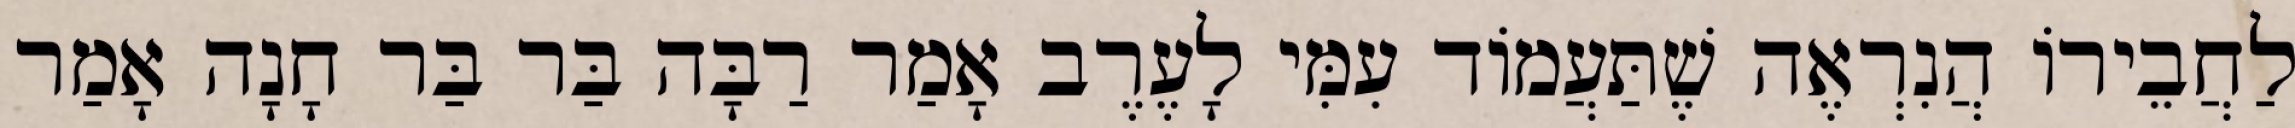
לַחֲבֵירוֹ הֲנִרְאֶה שֶׁתַּעֲמוֹד עִמִּי לָעֶרֶב אָמַר רַבָּה בַּר בַּר חָנָה אָמַר